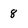
Character: 8